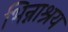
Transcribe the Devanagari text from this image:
भिन्नाश्रय